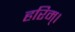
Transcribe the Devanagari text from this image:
हरिम्।